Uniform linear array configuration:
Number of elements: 64
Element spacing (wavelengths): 0.75
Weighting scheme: hann
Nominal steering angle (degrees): -30
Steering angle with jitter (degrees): -28.033
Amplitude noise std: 0.05
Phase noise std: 0.05

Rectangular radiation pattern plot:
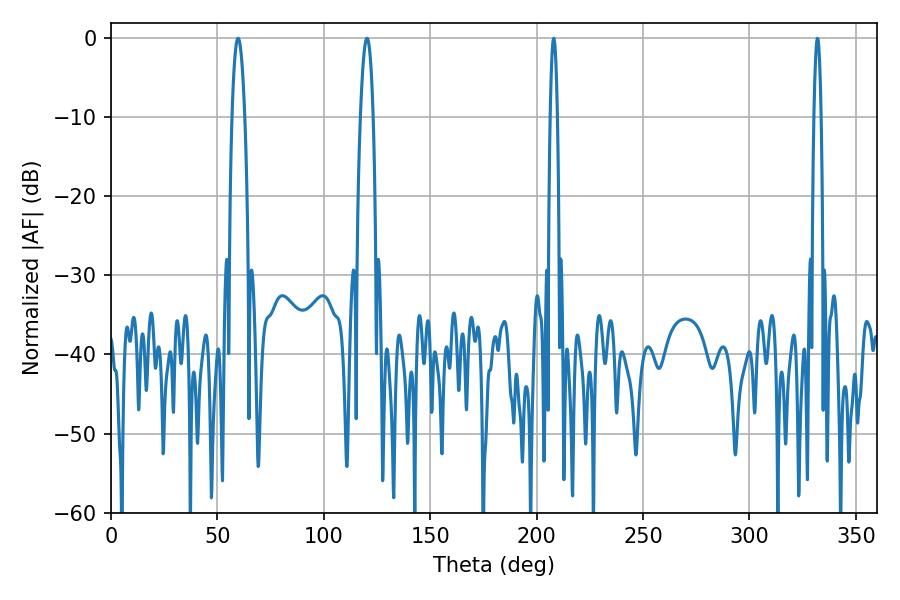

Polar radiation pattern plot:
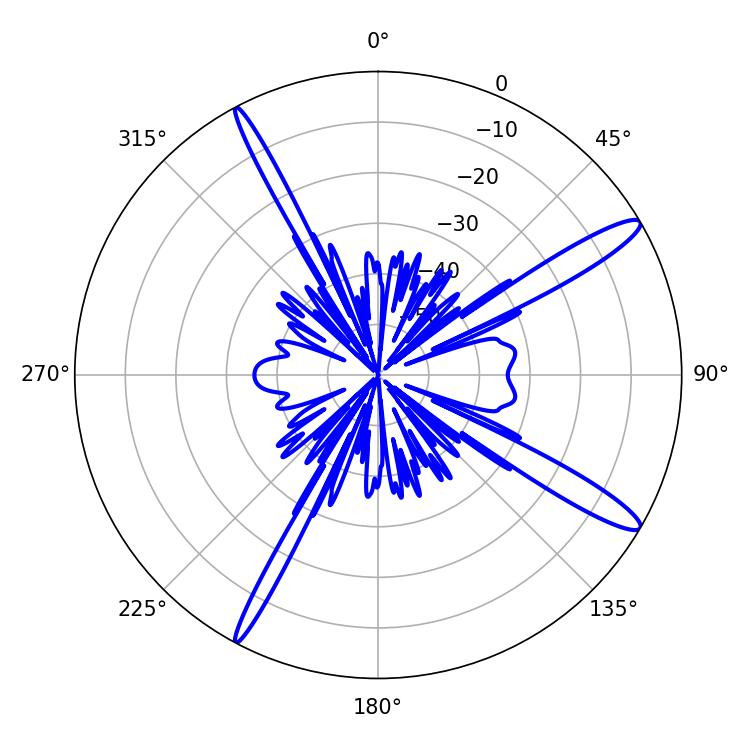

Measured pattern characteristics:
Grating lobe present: TRUE
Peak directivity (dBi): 14.256
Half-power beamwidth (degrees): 3.24
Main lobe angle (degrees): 59.76